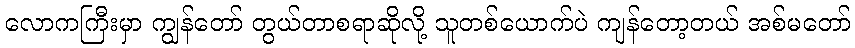
လောကကြီးမှာ ကျွန်တော် တွယ်တာစရာဆိုလို့ သူတစ်ယောက်ပဲ ကျန်တော့တယ် အစ်မတော်